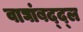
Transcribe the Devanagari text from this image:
वाघांबद्द्ल